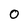
Character: 0